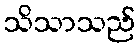
သိသာသည်